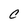
Character: C